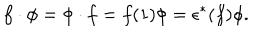
LaTeX: f \cdot \phi = \phi \cdot f = f ( 1 ) \phi = \epsilon ^ { * } ( f ) \phi .